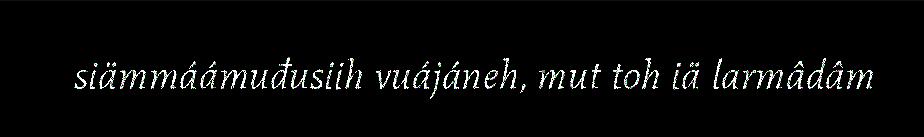
siämmáámuđusiih vuájáneh, mut toh iä larmâdâm